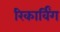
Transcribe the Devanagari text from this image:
रिकार्विंग